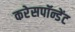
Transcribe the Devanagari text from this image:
करेसपॉन्डेंट